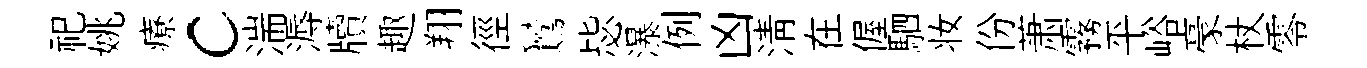
祀姚療c湍溽牘趣翔徑鸑毖瀑例凶淸在偓駟妆份萧霧平峪豪杖零